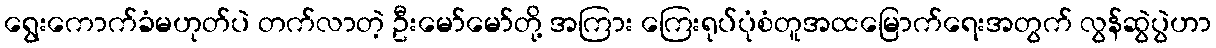
ရွေးကောက်ခံမဟုတ်ပဲ တက်လာတဲ့ ဦးမော်မော်တို့ အကြား ကြေးရုပ်ပုံစံတူအထမြောက်ရေးအတွက် လွန်ဆွဲပွဲဟာ